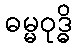
ဓမ္မဝုဒ္ဓိ